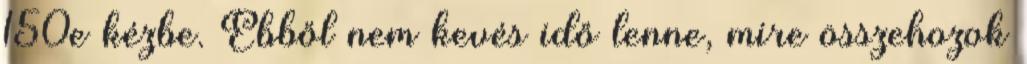
150e kézbe. Ebből nem kevés idő lenne, mire összehozok